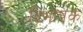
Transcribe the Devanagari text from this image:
द्विभाषक